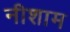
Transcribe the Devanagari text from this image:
नीशाम